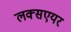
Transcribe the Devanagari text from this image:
लक्सएयर